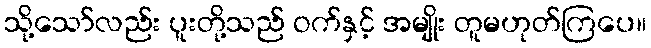
သို့သော်လည်း ပူးတို့သည် ဝက်နှင့် အမျိုး တူမဟုတ်ကြပေ။